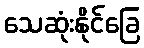
သေဆုံးနိုင်ခြေ